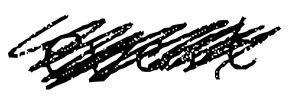
Text: event
Cross-out: scratch
Writing tool: digital_black